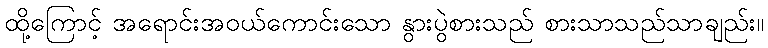
ထို့ကြောင့် အရောင်းအဝယ်ကောင်းသော နွားပွဲစားသည် စားသာသည်သာချည်း။